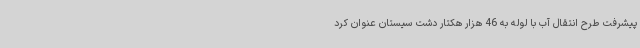
پیشرفت طرح انتقال آب با لوله به 46 هزار هکتار دشت سیستان عنوان کرد